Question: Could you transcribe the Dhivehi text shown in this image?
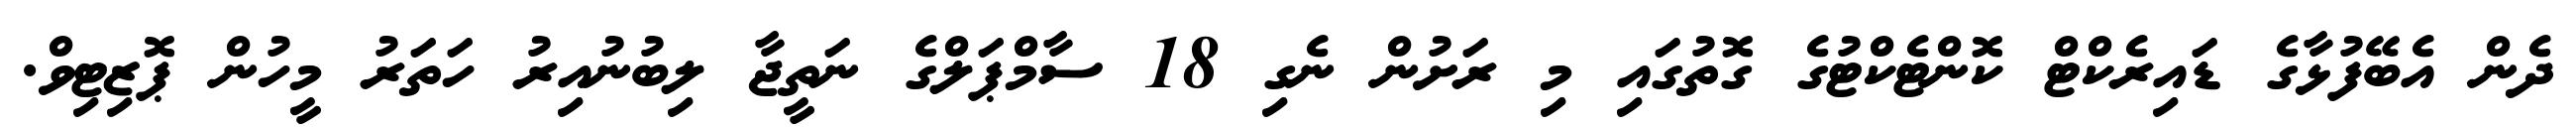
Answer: ދެން އެބޭފުޅާގެ ޑައިރެކްޓް ކޮންޓެކްޓުގެ ގޮތުގައި މި ރަށުން ނެގި 18 ސާމްޕަލްގެ ނަތީޖާ ލިބުނުއިރު ހަތަރު މީހުން ޕޮޒިޓިވް.